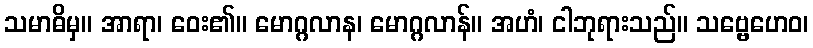
သမာဓိမှ။ အာရာ၊ ဝေး၏။ မောဂ္ဂလာန၊ မောဂ္ဂလာန်။ အဟံ၊ ငါဘုရားသည်။ သဗ္ဗေဟေဝ၊